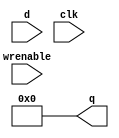
module register32zero
(
output reg [31:0] q,
input       [31:0] d,
input       wrenable,
input       clk
);
//genvar i;
////for (i=0;i<32;i=i+1)begin
    // always @(posedge clk) begin
    //     if(wrenable) begin
    //         q <= 32'd0;
    //     end
    // end
    //end

initial begin
  q=32'b00000000000000000000000000000000;
end
endmodule